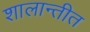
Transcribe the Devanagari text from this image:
शालान्तीत